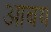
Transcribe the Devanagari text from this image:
आबय